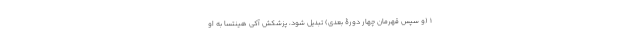
۱ (و سپس قهرمان چهار دورۀ بعدی) تبدیل شود، پزشکش آکی هینتسا به او